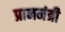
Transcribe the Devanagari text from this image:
प्रानमंत्री